Triennial report on the lunatic asylums in the province of Eastern Bengal and Assam - 1903-1911
Year: 1903
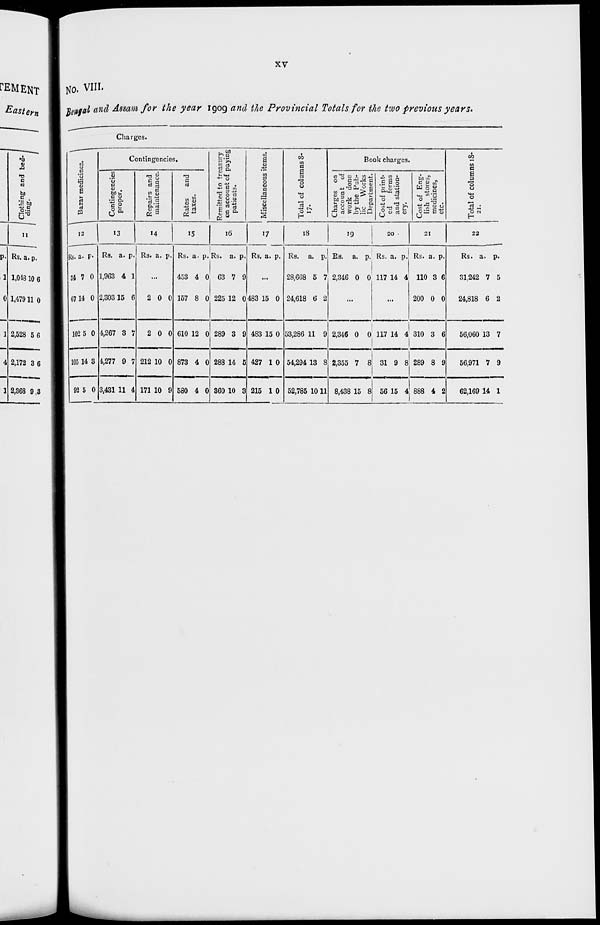
xv
No. VIII.
Bengal and Assam for the year 1909 and the Provincial Totals for the two previous years.
Charges.
Bazar medicines.
12
Rs.
34
67
102
105
92
a.
7
14
5
14
5
p.
0
0
0
3
0
Contingencies.
Contingencies
proper.
13
Rs.
1,963
2,303
4,267
4,277
3,431
a.
4
15
3
9
11
p.
1
6
7
7
4
Repairs and
maintenance.
14
Rs.
...
2
2
212
171
a.
...
0
0
10
10
p.
...
0
0
0
9
Rates
and
taxes.
15
Rs.
453
157
610
873
580
a.
4
8
12
4
4
p.
0
0
0
0
0
Remitted to treasury
on account of paying
patients.
16
Rs.
63
225
289
288
360
a.
7
12
3
14
10
p.
9
0
9
5
3
Miscellaneous items.
17
Rs.
...
483
483
427
215
a.
...
15
15
1
1
p.
...
0
0
0
0
Total of columns 8-
17.
18
Rs.
28,668
24,618
53,286
54,294
52,785
a.
5
6
11
13
10
p.
7
2
9
8
11
Book charges.
Charges on
account of
work done
by the Pub-
lic Works
Department.
19
Rs.
2,346
...
2,346
2,355
8,438
a.
0
...
0
7
15
p.
0
...
0
8
8
Cost of print-
ed
forms
and station-
ery.
20
Rs.
117
...
117
31
56
a.
14
...
14
9
15
p.
4
...
4
8
4
Cost of Eng-
lish stores,
medicines,
etc.
21
Rs.
110
200
310
289
888
a.
3
0
3
8
4
p.
6
0
6
9
2
Total of columns 18-
21.
22
Rs.
31,242
24,818
56,060
56,971
62,169
a.
7
6
13
7
14
p.
5
2
7
9
1